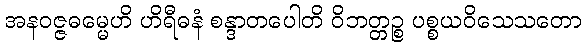
အနဝဇ္ဇဓမ္မေဟိ ဟိရီဓနံ စန္ဒာတပေါတိ ဝိဘတ္တဉ္စ ပစ္စယဝိသေသတော